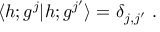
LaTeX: \langle h ; g ^ { j } \vert h ; g ^ { j ^ { \prime } } \rangle = \delta _ { j , j ^ { \prime } } { } ~ .